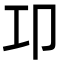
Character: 卭